Reports on military cantonments and civil stations in the Presidency of Bombay inspected by the Sanitary Commissioner in the years 1875 and 1876
Year: 1875
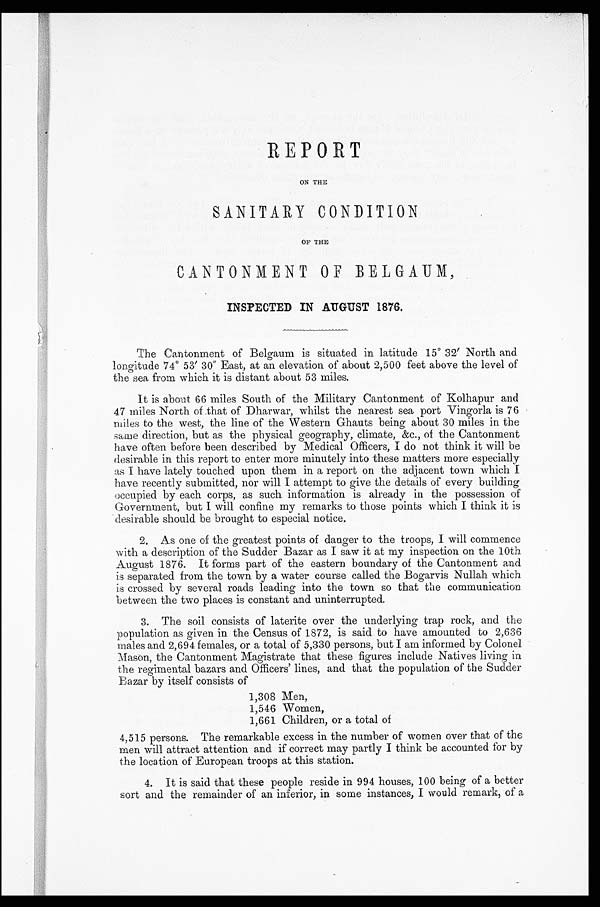
ON THE
SANITARY CONDITION
OF THE
CANTONMENT OF BELGAUM
INSPECTED IN AUGUST 1876.
The Cantonment of Belgaum is situated in latitude 15° 32' North and.
longitude 74° 53' 30" East, at an elevation of about 2,500 feet above the level of
the sea from which it is distant about 53 miles.
It is about 66 miles South of the Military Cantonment of Kolhapur and
47 miles North of that of Dharwar, whilst the nearest sea port Vingorla is 76
miles to the west, the line of the Western Ghauts being about 30 miles in the
same direction, but as the physical geography, climate, &c., of the Cantonment
have often before been described by Medical Officers, I do not think it will be
desirable in this report to enter more minutely into these matters more especially
as I have lately touched upon them in a report on the adjacent town which I
have recently submitted, nor will I attempt to give the details of every building
occupied by each corps, as such information is already in the possession of
Government, but I will confine my remarks to those points which I think it is
desirable should be brought to especial notice.
2. As one of the greatest points of danger to the troops, I will commence
with a description of the Sudder Bazar as I saw it at my inspection on the 10th
August 1876. It forms part of the eastern boundary of the Cantonment and
is separated from the town by a water course called the Bogarvis Nullah which
is crossed by several roads leading into the town so that the communication.
between the two places is constant and uninterrupted.
3. The soil consists of laterite over the underlying trap rock, and the
population as given in the Census of 1872, is said to have amounted to 2,636
males and 2,694 females, or a total of 5,330 persons, but I am informed by Colonel
Mason, the Cantonment Magistrate that these figures include Natives living in
the regimental bazars and Officers' lines, and that the population of the Sudder
Bazar by itself consists of
1,308 Men,
1,546 Woken,
1,661 Children, or a total of
4,515 persons. The remarkable excess in the number of women over that of the
men will attract attention and. if correct may partly I think be accounted for by
the location of European troops at this station.
4. It is said that these people reside in 994 houses, 100 being of a better
sort and the remainder of an inferior, in some instances, I would remark, of a